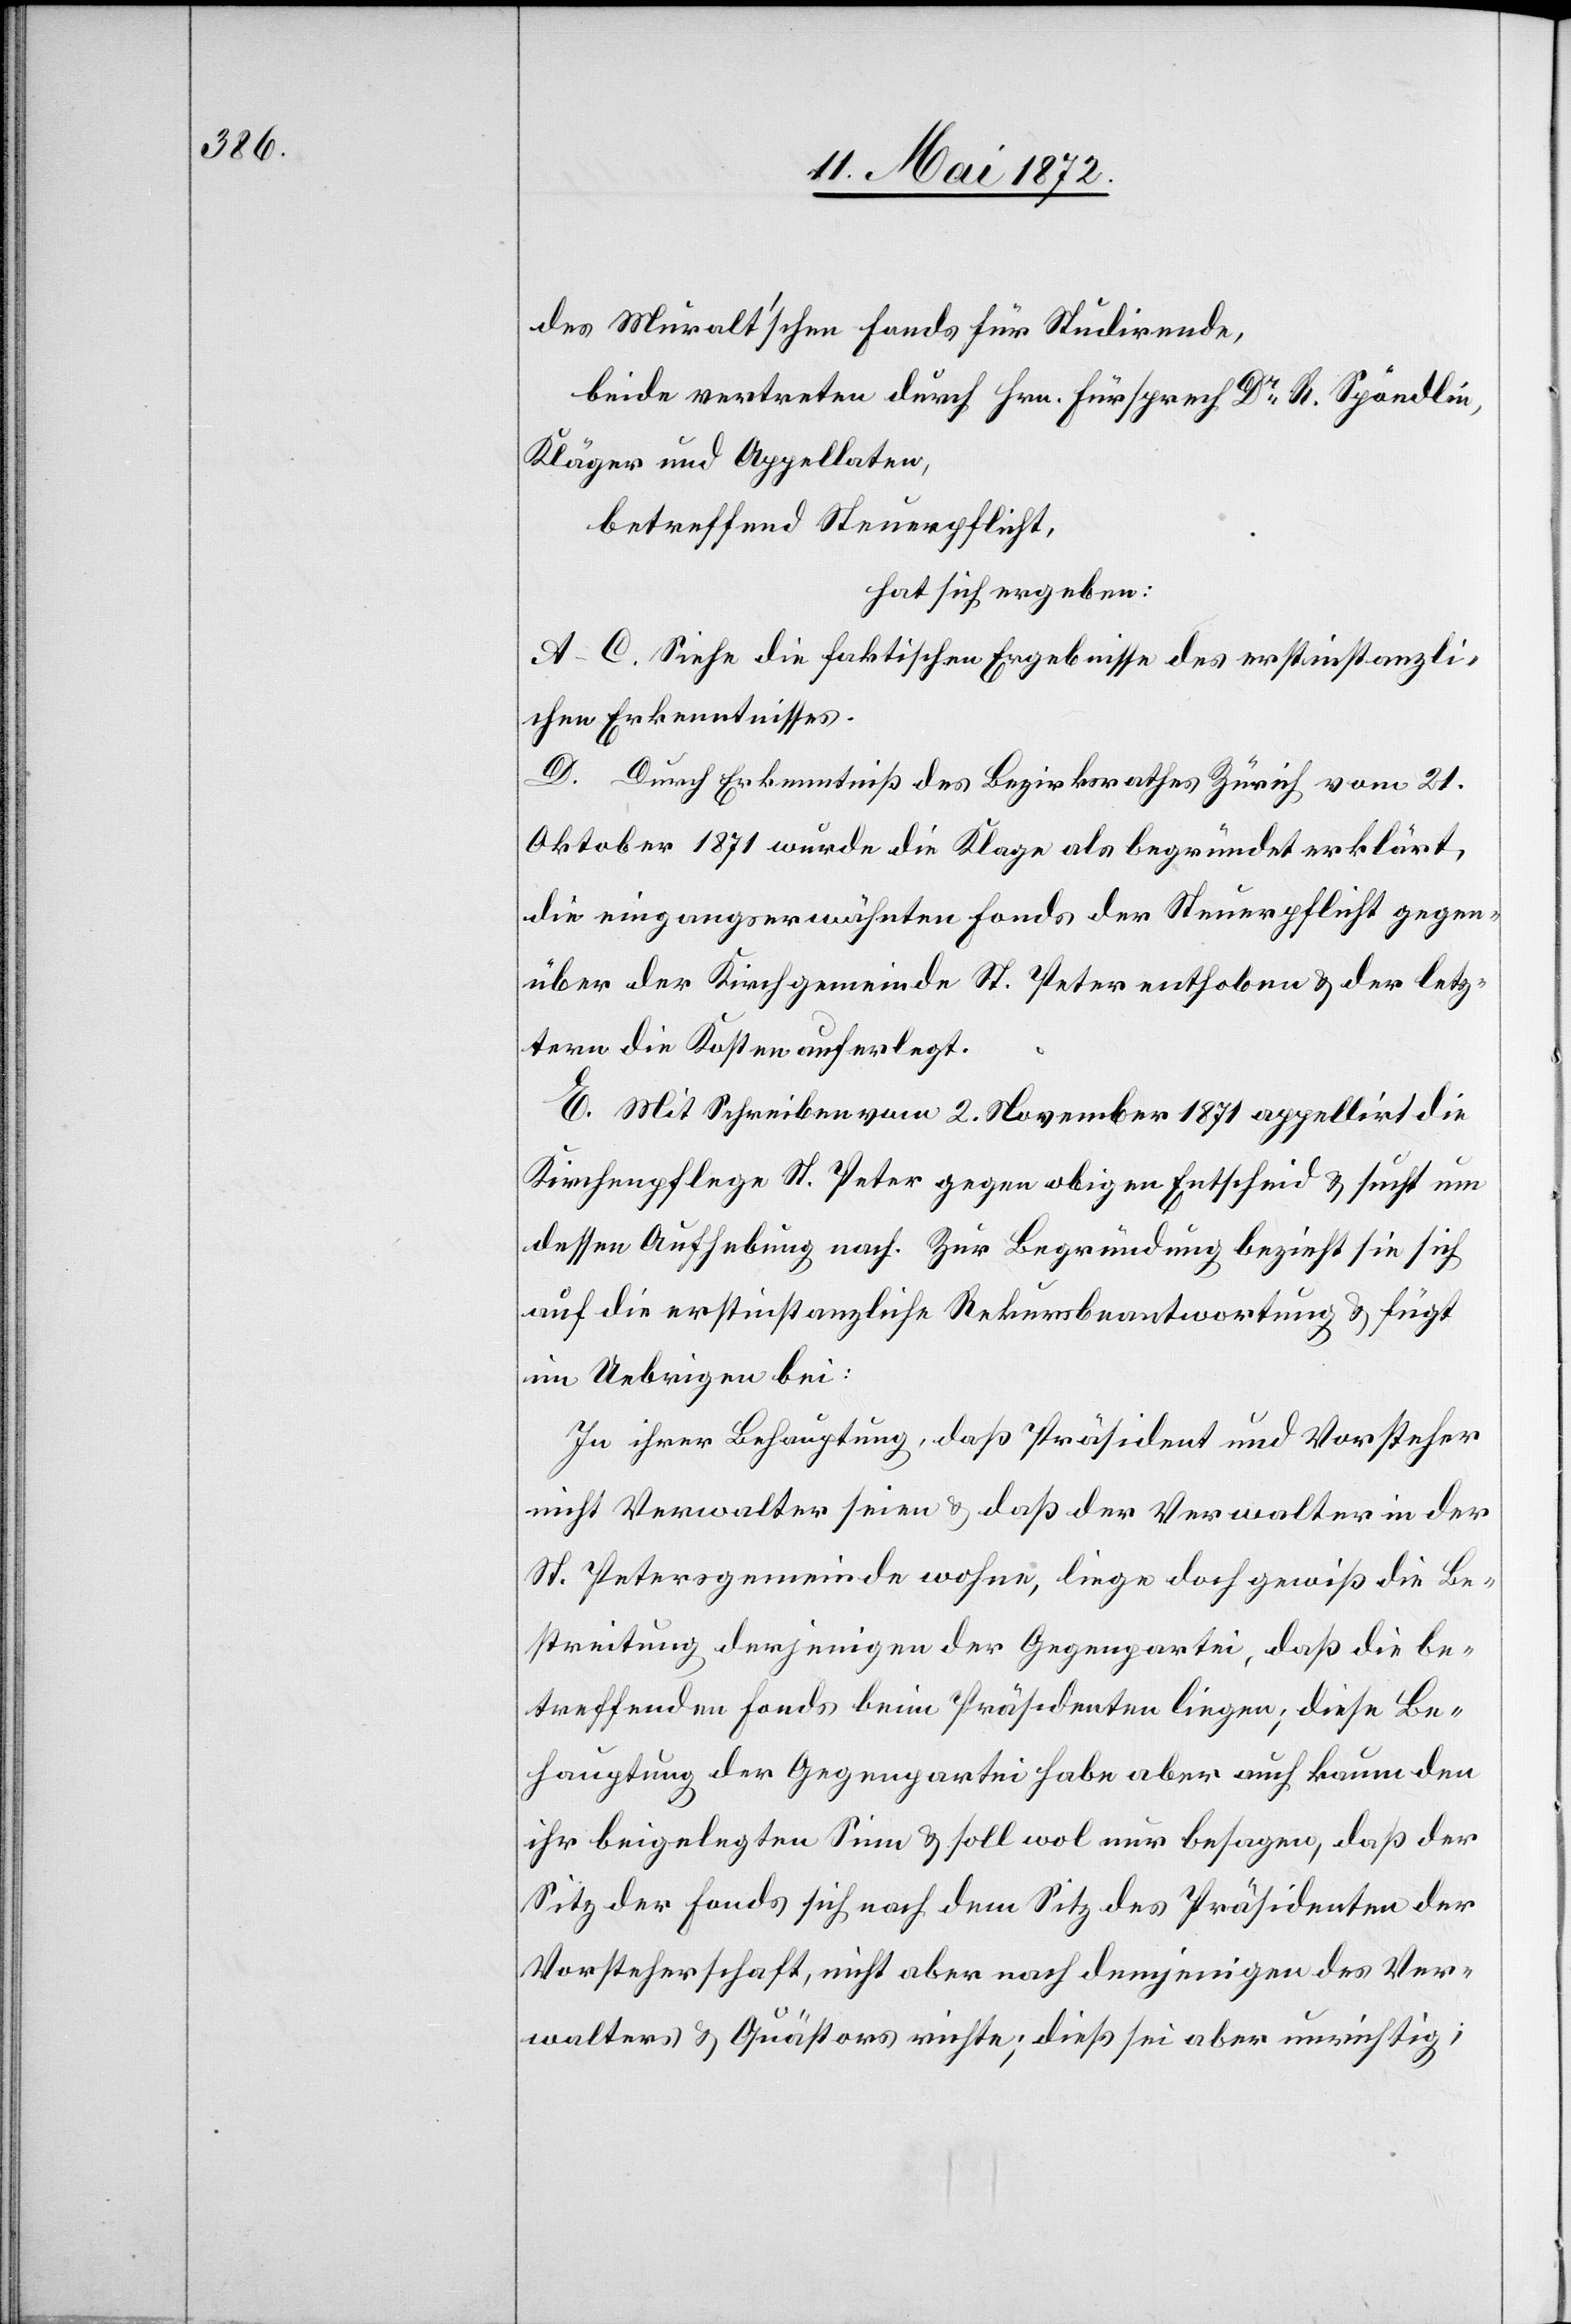
des Muralt’schen Fonds für Studirende,
beide vertreten durch Hrn. Fürsprech Dr R. Spöndlin,
Kläger und Appellaten,
betreffend Steuerpflicht,
hat sich ergeben:
A.–C. Siehe die faktischen Ergebnisse des erstinstanzli¬
chen Erkenntnisses.
D. Durch Erkenntniß des Bezirksrathes Zürich vom 21.
Oktober 1871 wurde die Klage als begründet erklärt,
die eingangserwähnten Fonds der Steuerpflicht gegen¬
über der Kirchgemeinde St. Peter enthoben u. der letz¬
tern die Kosten auferlegt.
E. Mit Schreiben vom 2. November 1871 appellirt die
Kirchenpflege St. Peter gegen obigen Entscheid u. sucht um
dessen Aufhebung nach. Zur Begründung bezieht sie sich
auf die erstinstanzliche Rekursbeantwortung u. führt
im Uebrigen bei:
In ihrer Behauptung, daß Präsident und Vorsteher
nicht Verwalter seien u. daß der Verwalter in der
St. Petersgemeinde wohne, liege doch gewiß die Be¬
streitung derjenigen der Gegenpartei, daß die be¬
treffenden Fonds beim Präsidenten liegen; diese Be¬
hauptung der Gegenpartei habe aber auch kaum den
ihr beigelegten Sinn u. soll wol nur besagen, daß der
Sitz der Fonds sich nach dem Sitz des Präsidenten der
Vorsteherschaft, nicht aber nach demjenigen des Ver¬
walters u. Quästors richte; dieß sei aber unrichtig;